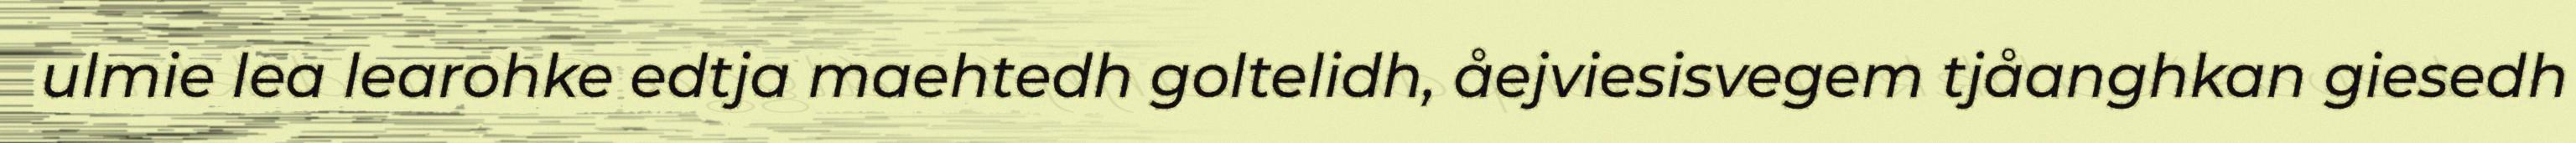
ulmie lea learohke edtja maehtedh goltelidh, åejviesisvegem tjåanghkan giesedh